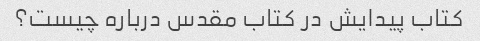
کتاب پیدایش در کتاب مقدس درباره چیست؟